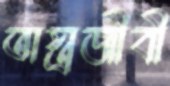
অস্ত্রজীবী